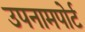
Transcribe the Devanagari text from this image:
उपनामपोर्ट